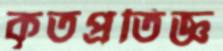
কৃতপ্রতিজ্ঞ